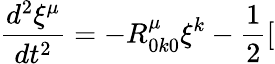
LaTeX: \frac{d^{2}\xi^{\mu}}{dt^{2}}=-R_{0k0}^{\mu}\xi^{k}-\frac{1}{2}[